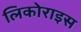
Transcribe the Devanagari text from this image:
लिकोराइस